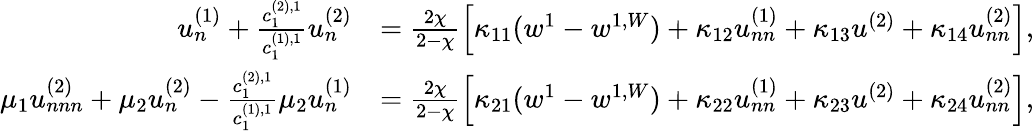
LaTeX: \begin{array}{rl}{u_{n}^{(1)}+\frac{c_{1}^{(2),1}}{c_{1}^{(1),1}}u_{n}^{(2)}}&{=\frac{2\chi}{2-\chi}\left[\kappa_{11}(w^{1}-w^{1,W})+\kappa_{12}u_{nn}^{(1)}+\kappa_{13}u^{(2)}+\kappa_{14}u_{nn}^{(2)}\right],}\\ {\mu_{1}u_{nnn}^{(2)}+\mu_{2}u_{n}^{(2)}-\frac{c_{1}^{(2),1}}{c_{1}^{(1),1}}\mu_{2}u_{n}^{(1)}}&{=\frac{2\chi}{2-\chi}\left[\kappa_{21}(w^{1}-w^{1,W})+\kappa_{22}u_{nn}^{(1)}+\kappa_{23}u^{(2)}+\kappa_{24}u_{nn}^{(2)}\right],}\end{array}